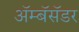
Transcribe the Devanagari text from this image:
ॲम्बॅसॅडर